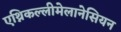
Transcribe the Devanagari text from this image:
एथ्निकल्लीमेलानेसियन